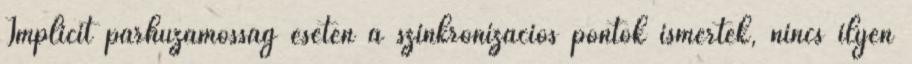
Implicit párhuzamosság esetén a szinkronizációs pontok ismertek, nincs ilyen